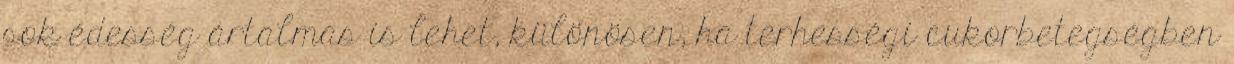
sok édesség ártalmas is lehet, különösen, ha terhességi cukorbetegségben